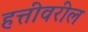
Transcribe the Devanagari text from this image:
हत्तीवरील